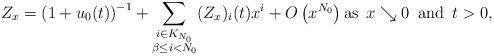
LaTeX: \begin{align*}Z_x = \left(1+u_0(t)\right)^{-1} + \sum_{\substack{i \in K_{N_0}\\ \beta \le i < N_0}} (Z_x)_i(t) x^i + O\left(x^{N_0}\right) \mbox{as } \, x \searrow 0 \, \mbox{ and } \, t > 0,\end{align*}